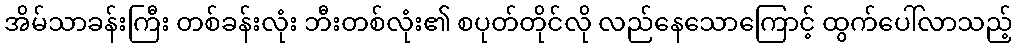
အိမ်သာခန်းကြီး တစ်ခန်းလုံး ဘီးတစ်လုံး၏ စပုတ်တိုင်လို လည်နေသောကြောင့် ထွက်ပေါ်လာသည့်